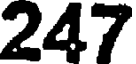
247